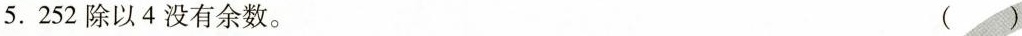
5.252除以4没有余数。 ()